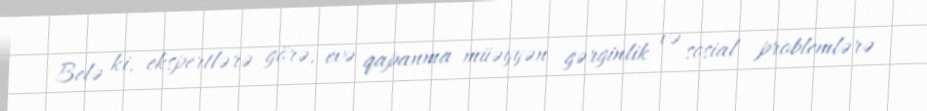
Belə ki, ekspertlərə görə, evə qapanma müəyyən gərginlik və sosial problemlərə